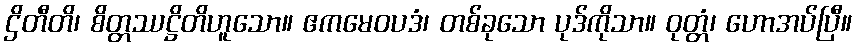
ဌိတီတိ၊ စိတ္တဿဋ္ဌိတိဟူသော။ ဧကမေဝပဒံ၊ တစ်ခုသော ပုဒ်ကိုသာ။ ဝုတ္တံ၊ ဟောအပ်ပြီ။